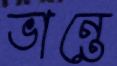
ভান্তে